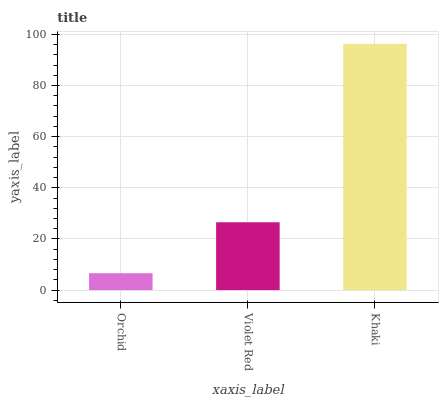
| xaxis_label | bars |
 | --- | --- |
 | Orchid | 6.61 |
 | Violet Red | 26.5 |
 | Khaki | 96.3 |